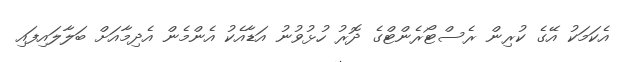
އެކަމަކު އޭގެ ކުރިން ރެސްޓޯރެންޓްގެ ދޮރު ހުޅުވުނު އަޑާއެކު އެންމެން އެދިމާއަށް ބަލާލައިފައި